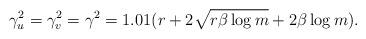
LaTeX: \begin{align*}\gamma_u^2 = \gamma_v^2 = \gamma^2 = 1.01(r + 2\sqrt{r\beta \log{m}} + 2\beta\log{m}).\end{align*}